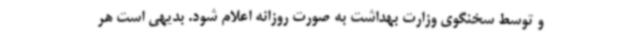
و توسط سخنگوی وزارت بهداشت به صورت روزانه اعلام شود. بدیهی است هر